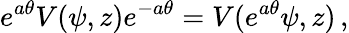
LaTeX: e^{a\theta}V(\psi,z)e^{-a\theta}=V(e^{a\theta}\psi,z)\, ,